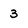
Character: 3